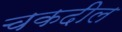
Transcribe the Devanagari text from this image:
चकदील